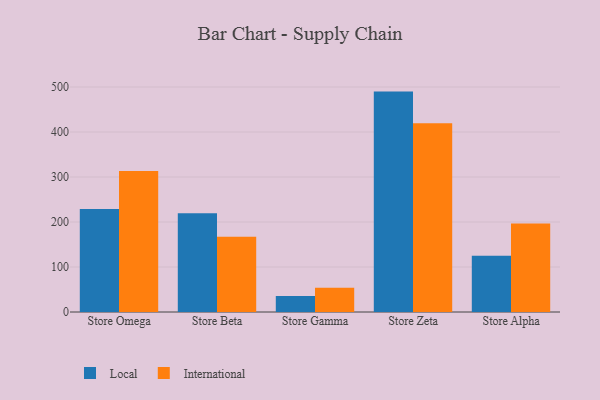
{"axis": {"x": "Store", "y": "Net Income (USD K)"}, "legend": ["International", "Local"], "data": [{"x": "Store Omega", "y": 229.1, "type": "Local"}, {"x": "Store Omega", "y": 313.5, "type": "International"}, {"x": "Store Beta", "y": 219.7, "type": "Local"}, {"x": "Store Beta", "y": 167.1, "type": "International"}, {"x": "Store Gamma", "y": 35.7, "type": "Local"}, {"x": "Store Gamma", "y": 53.7, "type": "International"}, {"x": "Store Zeta", "y": 489.8, "type": "Local"}, {"x": "Store Zeta", "y": 419.6, "type": "International"}, {"x": "Store Alpha", "y": 125.1, "type": "Local"}, {"x": "Store Alpha", "y": 196.7, "type": "International"}]}